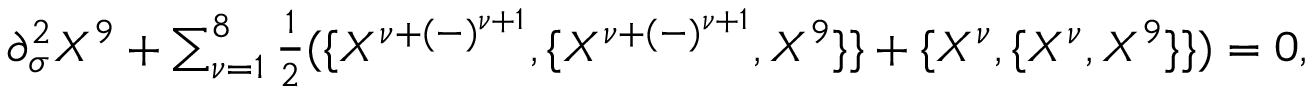
\begin{array} { l c r } { { \partial _ { \sigma } ^ { 2 } X ^ { 9 } + \sum _ { \nu = 1 } ^ { 8 } { \frac { 1 } { 2 } } ( \{ X ^ { \nu + ( - ) ^ { \nu + 1 } } , \{ X ^ { \nu + ( - ) ^ { \nu + 1 } } , X ^ { 9 } \} \} + \{ X ^ { \nu } , \{ X ^ { \nu } , X ^ { 9 } \} \} ) = 0 , } } \end{array}